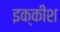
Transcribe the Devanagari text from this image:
इक्कीश